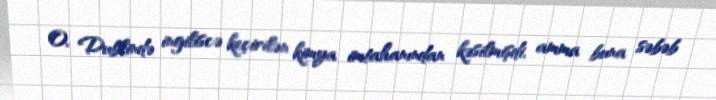
O, Dublində ingiliscə keçirilən kimya imtahanından kəsilmişdi, amma buna səbəb